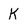
Character: K